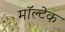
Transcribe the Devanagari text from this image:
मॉल्टेक